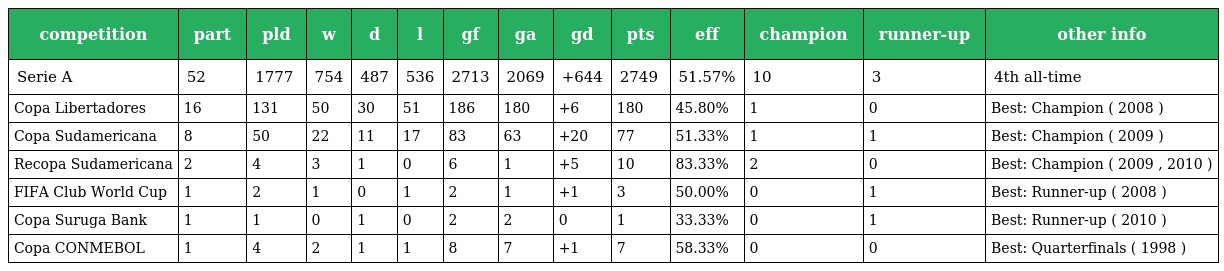
| competition | part | pld | w | d | l | gf | ga | gd | pts | eff | champion | runner-up | other info |
 | --- | --- | --- | --- | --- | --- | --- | --- | --- | --- | --- | --- | --- | --- |
 | Serie A | 52 | 1777 | 754 | 487 | 536 | 2713 | 2069 | +644 | 2749 | 51.57% | 10 | 3 | 4th all-time |
 | Copa Libertadores | 16 | 131 | 50 | 30 | 51 | 186 | 180 | +6 | 180 | 45.80% | 1 | 0 | Best: Champion ( 2008 ) |
 | Copa Sudamericana | 8 | 50 | 22 | 11 | 17 | 83 | 63 | +20 | 77 | 51.33% | 1 | 1 | Best: Champion ( 2009 ) |
 | Recopa Sudamericana | 2 | 4 | 3 | 1 | 0 | 6 | 1 | +5 | 10 | 83.33% | 2 | 0 | Best: Champion ( 2009 , 2010 ) |
 | FIFA Club World Cup | 1 | 2 | 1 | 0 | 1 | 2 | 1 | +1 | 3 | 50.00% | 0 | 1 | Best: Runner-up ( 2008 ) |
 | Copa Suruga Bank | 1 | 1 | 0 | 1 | 0 | 2 | 2 | 0 | 1 | 33.33% | 0 | 1 | Best: Runner-up ( 2010 ) |
 | Copa CONMEBOL | 1 | 4 | 2 | 1 | 1 | 8 | 7 | +1 | 7 | 58.33% | 0 | 0 | Best: Quarterfinals ( 1998 ) |